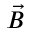
\vec { B }